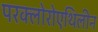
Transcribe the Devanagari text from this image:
परक्लोरोएथिलीन